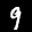
Label: 9